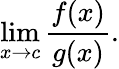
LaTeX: \operatorname*{lim}_{x\to c}{\frac{f(x)}{g(x)}}.